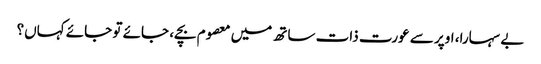
بے سہارا، اوپر سے عورت ذات ساتھ میں معصوم بچے، جائے تو جائے کہاں؟